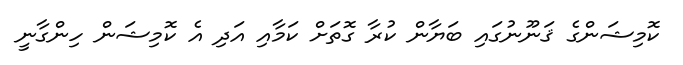
ކޮމިޝަންގެ ޤަނޫނުގައި ބަޔާން ކުރާ ގޮތަށް ކަމާއި އަދި އެ ކޮމިޝަން ހިންގާނީ